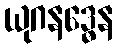
ယုဂနဒ္ဓေန